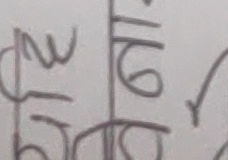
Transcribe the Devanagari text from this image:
१२ मि १६